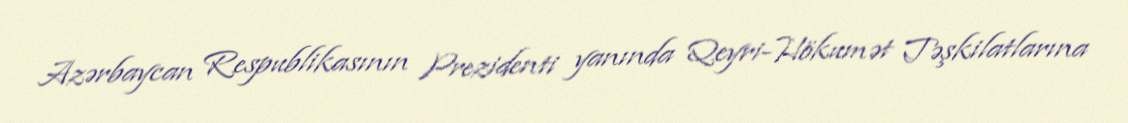
Azərbaycan Respublikasının Prezidenti yanında Qeyri-Hökumət Təşkilatlarına